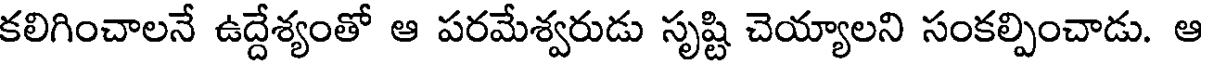
కలిగించాలనే ఉద్దేశ్యంతో ఆ పరమేశ్వరుడు సృష్టి చెయ్యాలని సంకల్పించాడు. ఆ